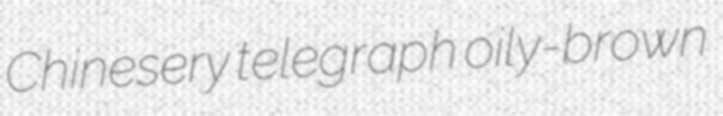
Chinesery telegraph oily-brown